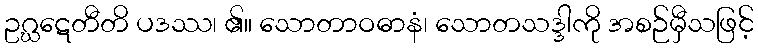
ဥဂ္ဃဋေတီတိ ပဒဿ၊ ၏။ သောတာဝဓာနံ၊ သောတသဒ္ဒါကို အစဉ်မှီသဖြင့်